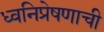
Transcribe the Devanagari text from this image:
ध्वनिप्रेषणाची